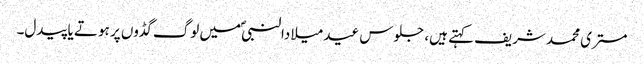
مستری محمد شریف کہتے ہیں، جلوس عید میلادالنبیؐ میں لوگ گڈوں پر ہوتے یا پیدل۔